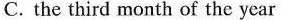
C. the third month of the year